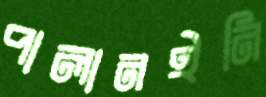
পালানইনি